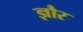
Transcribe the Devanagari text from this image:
ज्ञौर